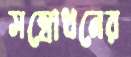
সম্বোধনের